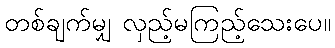
တစ်ချက်မျှ လှည့်မကြည့်သေးပေ။